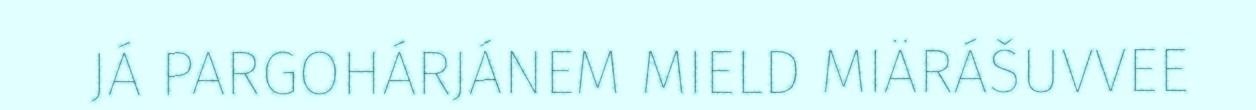
JÁ PARGOHÁRJÁNEM MIELD MIÄRÁŠUVVEE